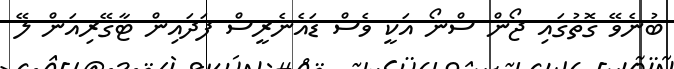
ބުނެވޭ ގޮތުގައި ޖޯން ސްނޯ އަކީ ވެސް ޑައެނެރީސް ފަދައިން ޓާގޭރިއަން ލޭ